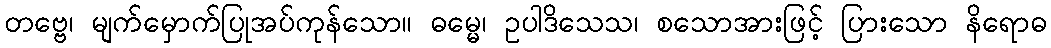
တဗ္ဗေ၊ မျက်မှောက်ပြုအပ်ကုန်သော။ ဓမ္မေ၊ ဥပါဒိသေသ၊ စသောအားဖြင့် ပြားသော နိရောဓ